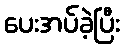
ပေးအပ်ခဲ့ပြီး